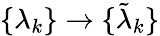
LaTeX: \{ \lambda_{k}\} \rightarrow\{ \tilde{\lambda}_{k}\}